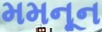
મમનૂન